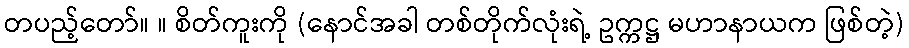
တပည့်တော်။ ။ စိတ်ကူးကို (နောင်အခါ တစ်တိုက်လုံးရဲ့ ဥက္ကဋ္ဌ မဟာနာယက ဖြစ်တဲ့)